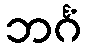
ဘင်္ဂံ